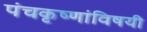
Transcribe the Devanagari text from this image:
पंचकृष्णांविषयी